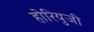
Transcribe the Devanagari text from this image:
होरियुजी